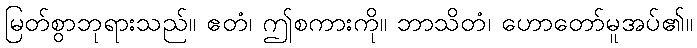
မြတ်စွာဘုရားသည်။ ဧတံ၊ ဤစကားကို။ ဘာသိတံ၊ ဟောတော်မူအပ်၏။